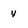
Character: 4